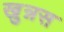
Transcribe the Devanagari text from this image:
खुन्नस